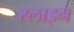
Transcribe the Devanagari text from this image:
स्लाइन